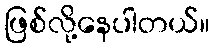
ဖြစ်လို့နေပါတယ်။